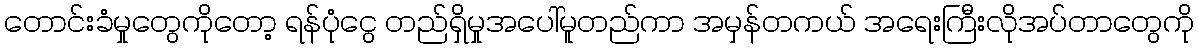
တောင်းခံမှုတွေကိုတော့ ရန်ပုံငွေ တည်ရှိမှုအပေါ်မူတည်ကာ အမှန်တကယ် အရေးကြီးလိုအပ်တာတွေကို